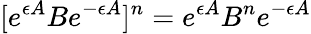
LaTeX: [e^{\epsilon A}Be^{-\epsilon A}]^{n}=e^{\epsilon A}B^{n}e^{-\epsilon A}